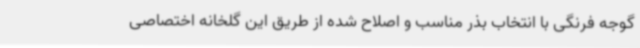
گوجه فرنگی با انتخاب بذر مناسب و اصلاح شده از طریق این گلخانه اختصاصی